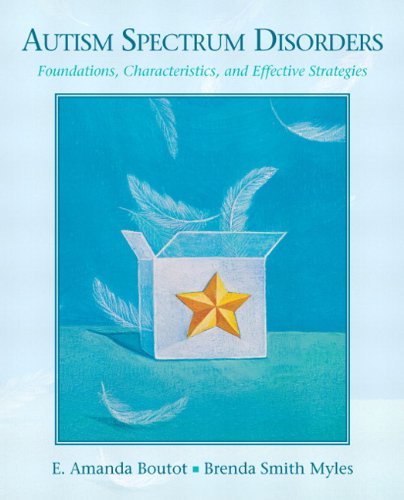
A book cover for Autism Spectrum Disorders: Foundations, Characteristics, and Effective Strategies; E. Amanda Boutot; Education & Teaching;